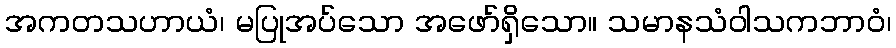
အကတသဟာယံ၊ မပြုအပ်သော အဖော်ရှိသော။ သမာနသံဝါသကဘာဝံ၊